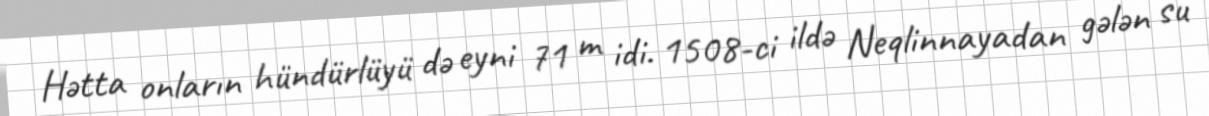
Hətta onların hündürlüyü də eyni 71 m idi. 1508-ci ildə Neqlinnayadan gələn su